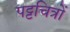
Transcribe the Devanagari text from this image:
पट्टचित्रों